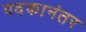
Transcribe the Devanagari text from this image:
पदकानंतर